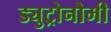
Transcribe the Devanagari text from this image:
ड्युट्रोनौमी